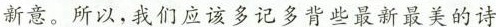
新意。所以，我们应该多记多背些最新最美的诗